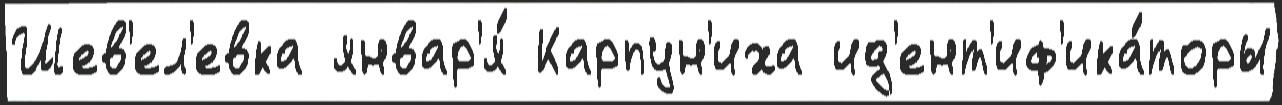
Шев'ел'евка январ'я́ Карпун'иха ид'ент'иф'ика́торы